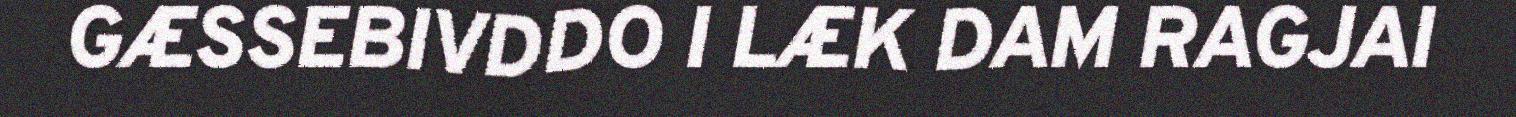
GÆSSEBIVDDO I LÆK DAM RAGJAI